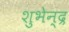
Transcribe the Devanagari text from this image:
शुभेन्द्र